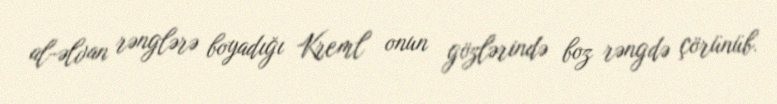
al-əlvan rənglərə boyadığı Kreml onun gözlərində boz rəngdə çörünüb.